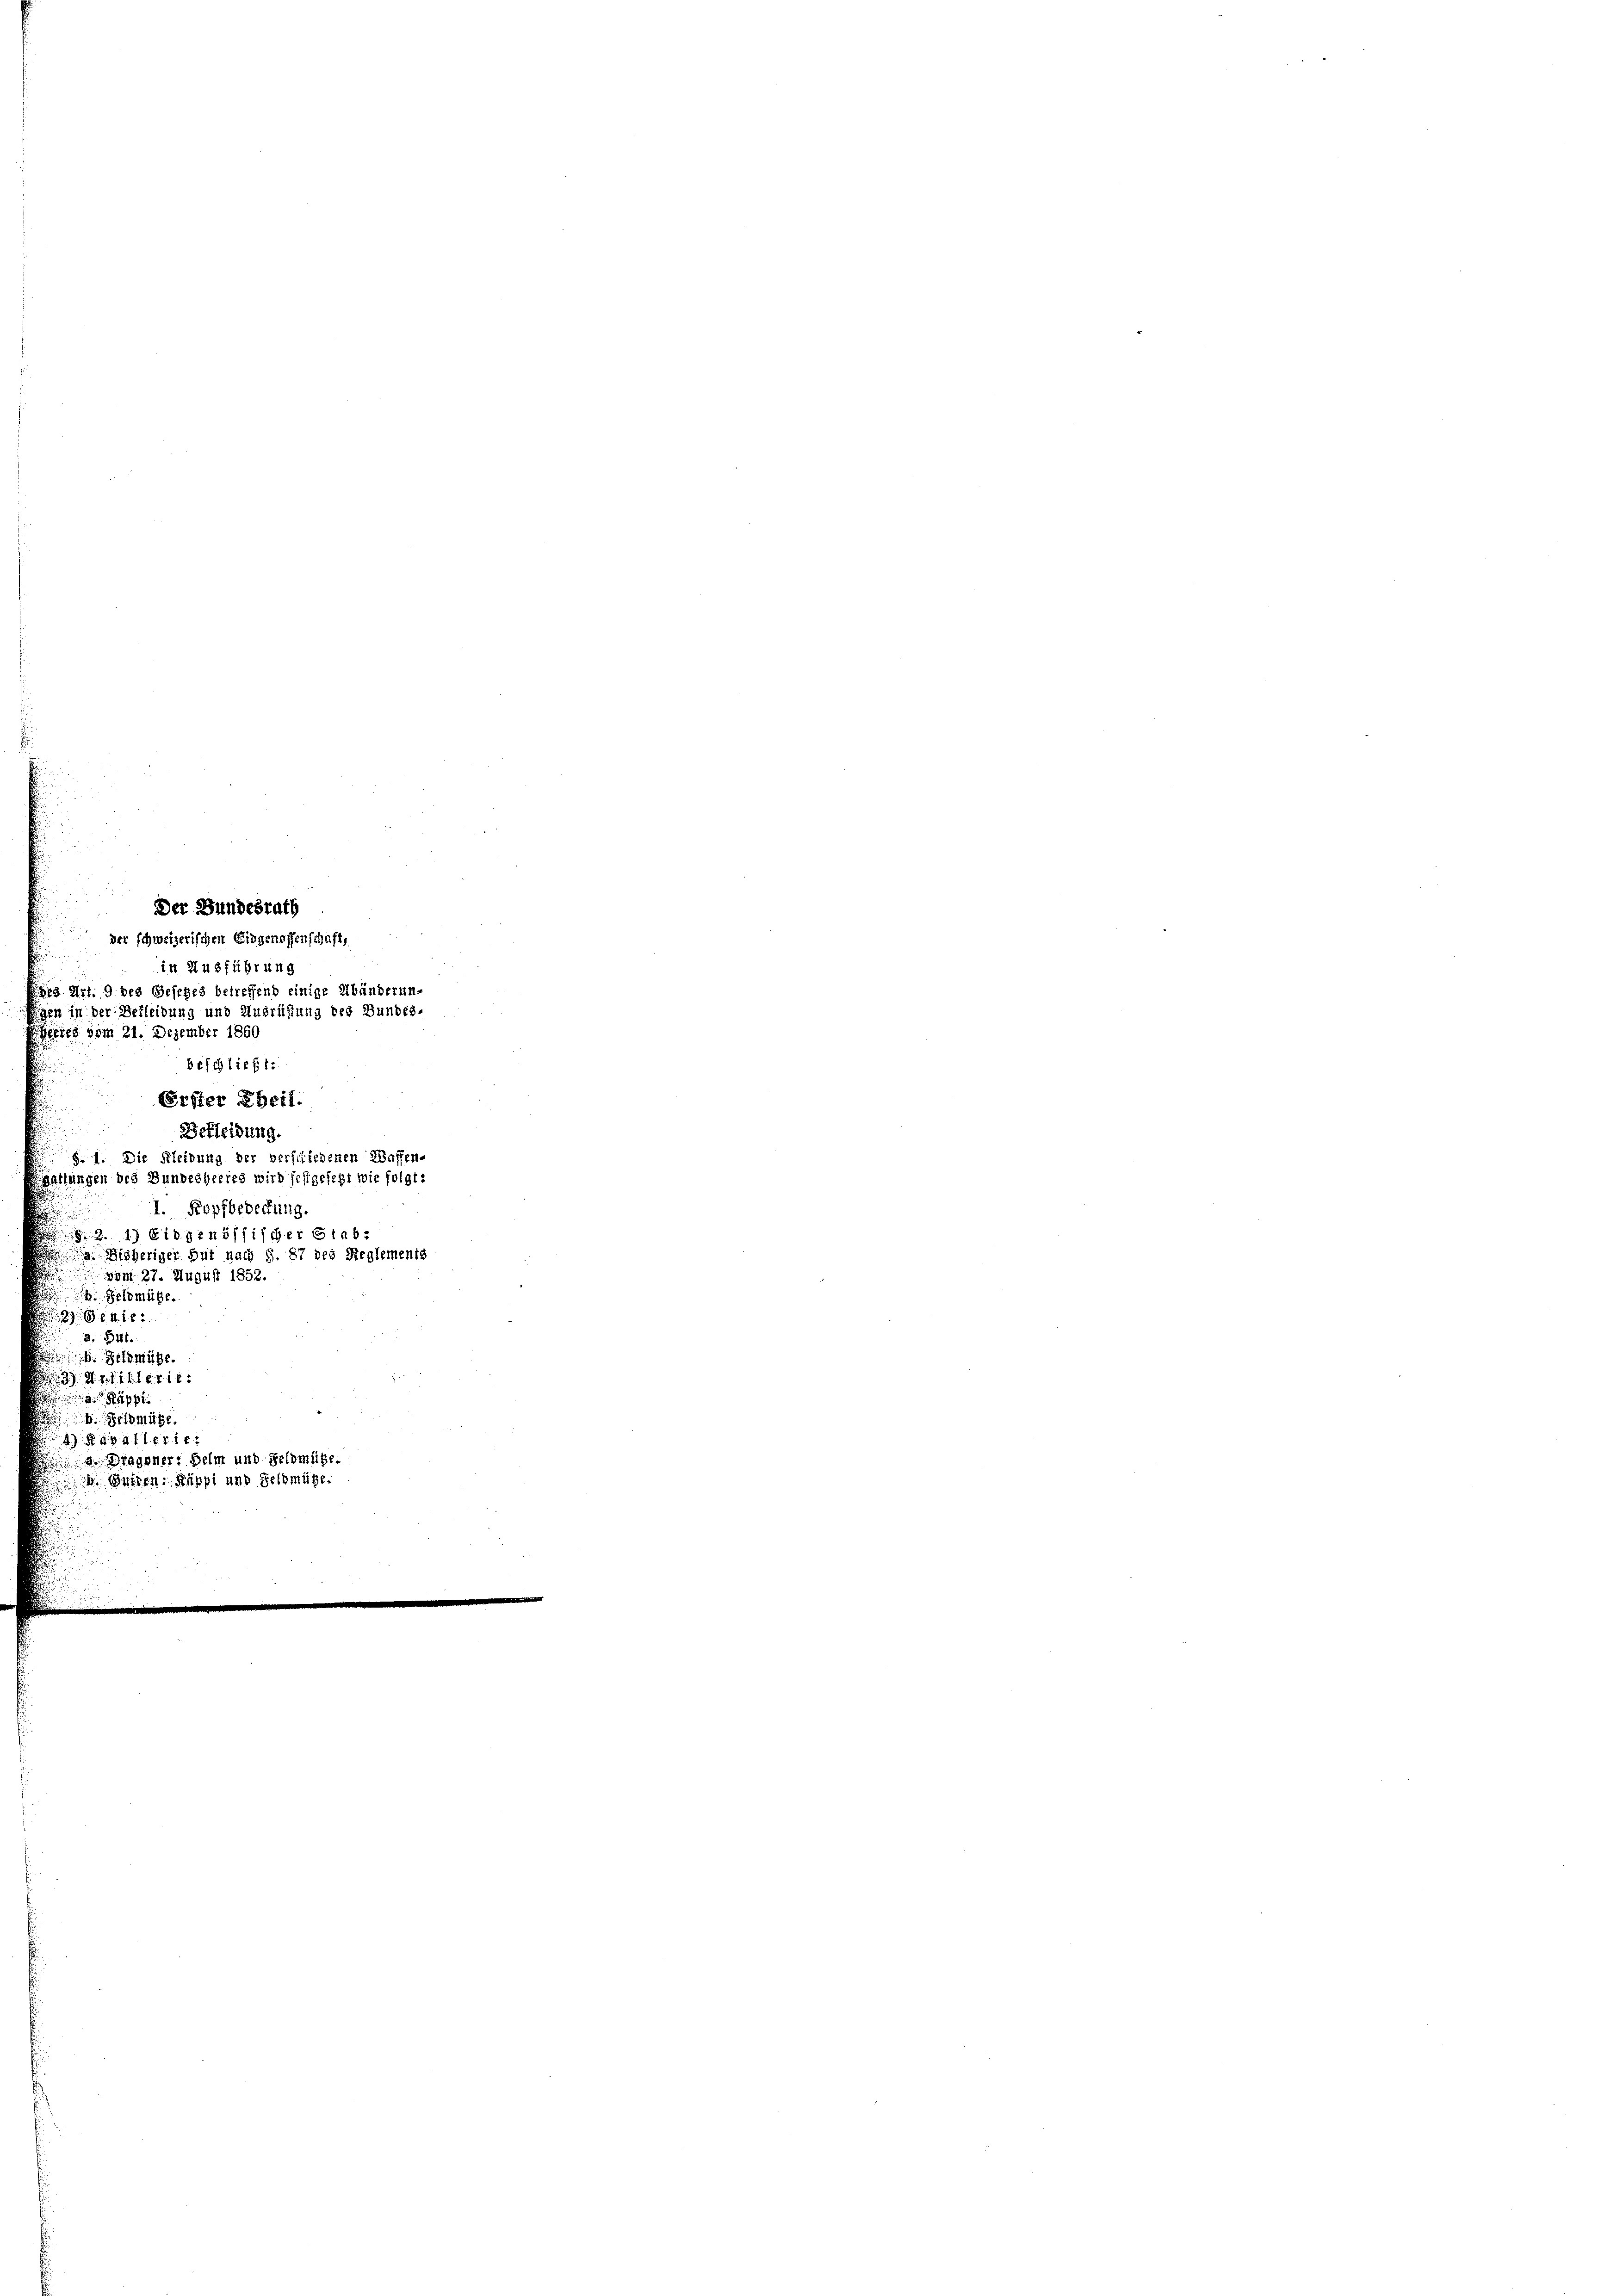
14. 2141
23. Art. 9. des Gesches l
86
en in der Bekleidung u.
8
Ein vom 21. Dezember
bef
556x

Der 281
 der schweizerische

I01
 4 Eidgenössischer ei
Bisheriger But
 am 27. Augus
elmütze

Beff
ffen.
1821
§. 1. Die Kleidung
Gattungen des Bunderhe
118
7 105
41
a. Bitte
Gelmüge.
3. d. 211. 1616
a Rapp
b. Beimüge.
4) § 404110xx
 Dragoner Helm und gelomtig
 Dutzen: Ruppi und Selbmügen